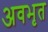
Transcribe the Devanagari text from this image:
अवभृत